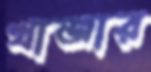
খাজার